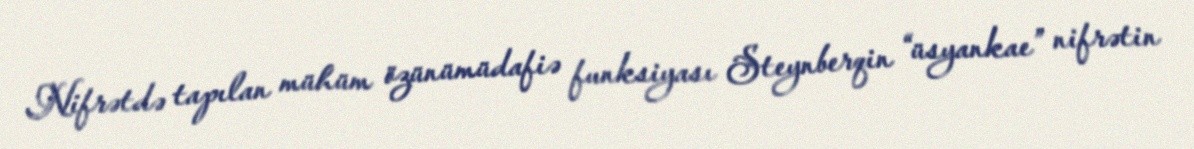
Nifrətdə tapılan mühüm özünümüdafiə funksiyası Steynberqin “üsyankae” nifrətin